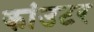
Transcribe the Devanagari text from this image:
कांउटर